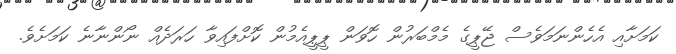
ކަމަށާއި އެހެންނަމަވެސް ޖޭޕީގެ މެމްބަރުން ހޮވަން ޕީޕީއެމުން ކޮށްފައިވާ ހަރަދެއް ނޯންނާނެ ކަމަށެވެ.